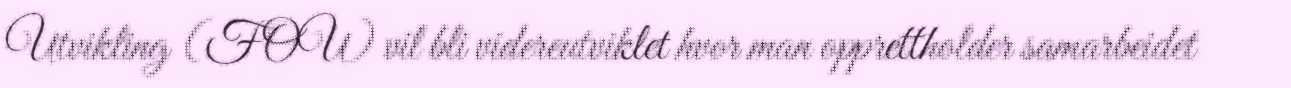
Utvikling (FOU) vil bli videreutviklet hvor man opprettholder samarbeidet